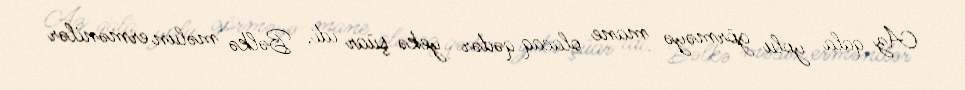
Az qala yolu görməyə mane olacaq qədər yekə şüar idi. Bəlkə məlun ermənilər